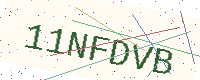
Text: 11NFDVB